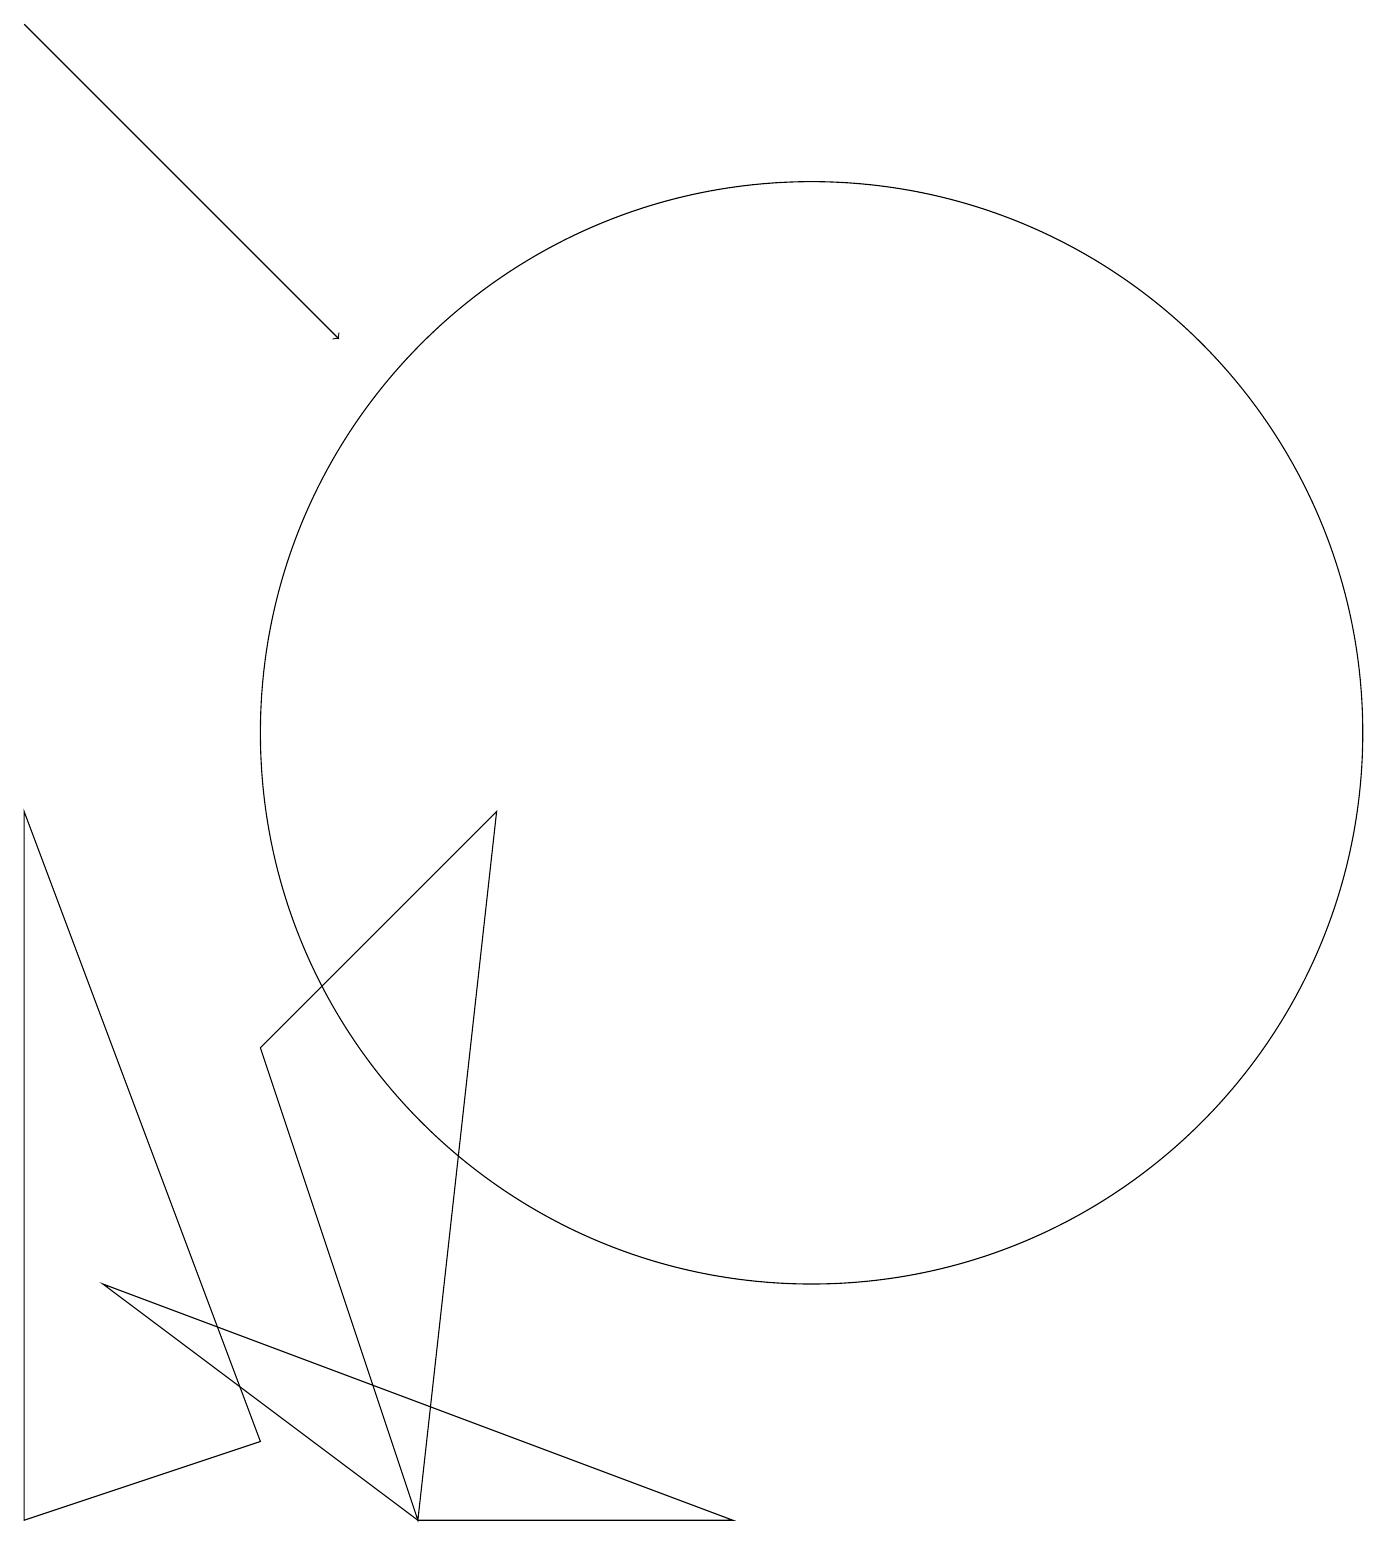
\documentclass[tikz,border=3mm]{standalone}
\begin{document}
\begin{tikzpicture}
\draw (0,0) -- (0,9) -- (3,1) -- cycle;
\draw[->] (0,19) -- (4,15);
\draw (9,0) -- (1,3) -- (5,0) -- cycle;
\draw (10,10) circle (7);
\draw (6,9) -- (3,6) -- (5,0) -- cycle;
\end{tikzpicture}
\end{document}